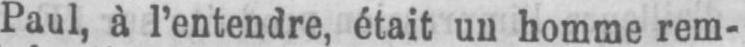
Paul, à l’entendre, était un homme rem-